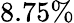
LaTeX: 8.75\%